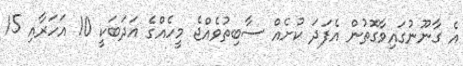
އެ ގާނޫނުގައިވާގޮތުން އެފަދަ ކުށެއް ސާބިތުވެއްޖެ މީހެއްގެ އަދަބަކީ 10 އަހަރާއި 15